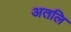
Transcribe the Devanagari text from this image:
अतलि